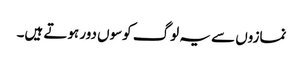
نمازوں سے یہ لوگ کوسوں دور ہوتے ہیں۔